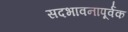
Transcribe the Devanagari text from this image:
सदभावनापूर्वक